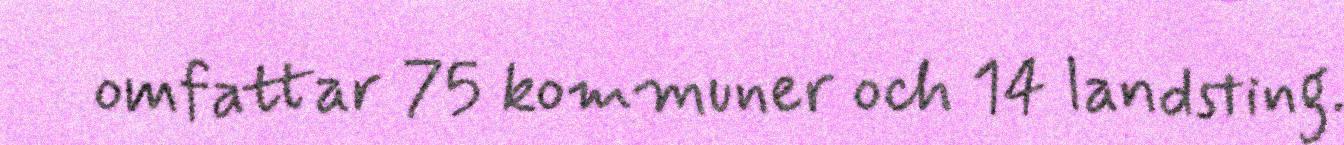
omfattar 75 kommuner och 14 landsting.